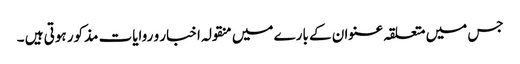
جس میں متعلقہ عنوان کے بارے میں منقولہ اخبار و روایات مذکور ہوتی ہیں ۔